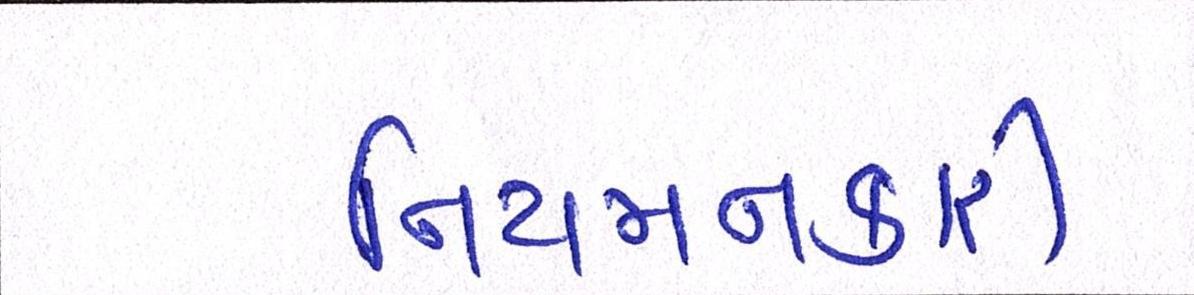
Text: નિયમનકારી